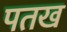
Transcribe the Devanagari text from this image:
पतख